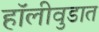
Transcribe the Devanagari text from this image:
हॉलीवुडात